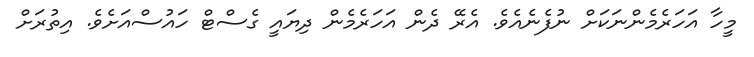
މީހާ އަހަރެމެންނަކަށް ނުފެނެއެވެ. އެރޭ ދެން އަހަރެމެން ދިޔައީ ގެސްޓް ހައުސްއަށެވެ. އިތުރަށް